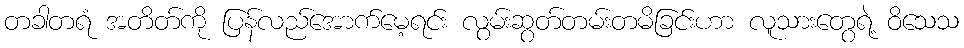
တခါတရံ အတိတ်ကို ပြန်လည်အောက်မေ့ရင်း လွမ်းဆွတ်တမ်းတမိခြင်းဟာ လူသားတွေရဲ့ ဝိသေသ